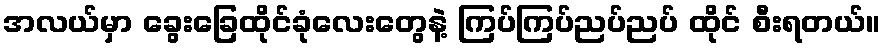
အလယ်မှာ ခွေးခြေထိုင်ခုံလေးတွေနဲ့ ကြပ်ကြပ်ညပ်ညပ် ထိုင် စီးရတယ်။